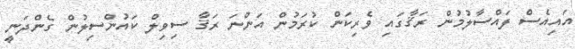
އައިއެސް ފައްސާލުމުން ރަޤާގައި ވެރިކަން ކުރަމުން އަންނަ ރަޤާ ސިވިލް ކައުންސިލުން ގެންދަނީ